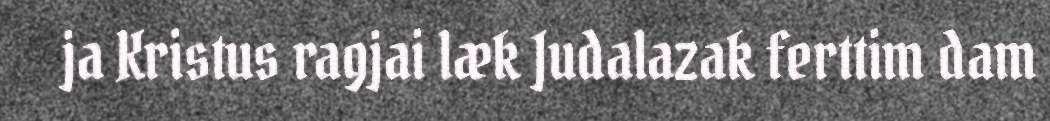
ja Kristus ragjai læk Judalazak ferttim dam